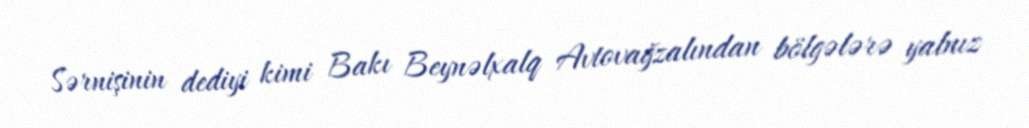
Sərnişinin dediyi kimi Bakı Beynəlxalq Avtovağzalından bölgələrə yalnız